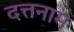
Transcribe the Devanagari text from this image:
दत्तनाम